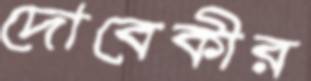
দোবেকীর